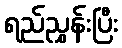
ရည်ညွှန်းပြီး